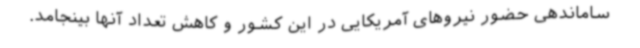
ساماندهی حضور نیروهای آمریکایی در این کشور و کاهش تعداد آنها بینجامد.